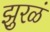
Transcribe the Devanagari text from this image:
झुरळं